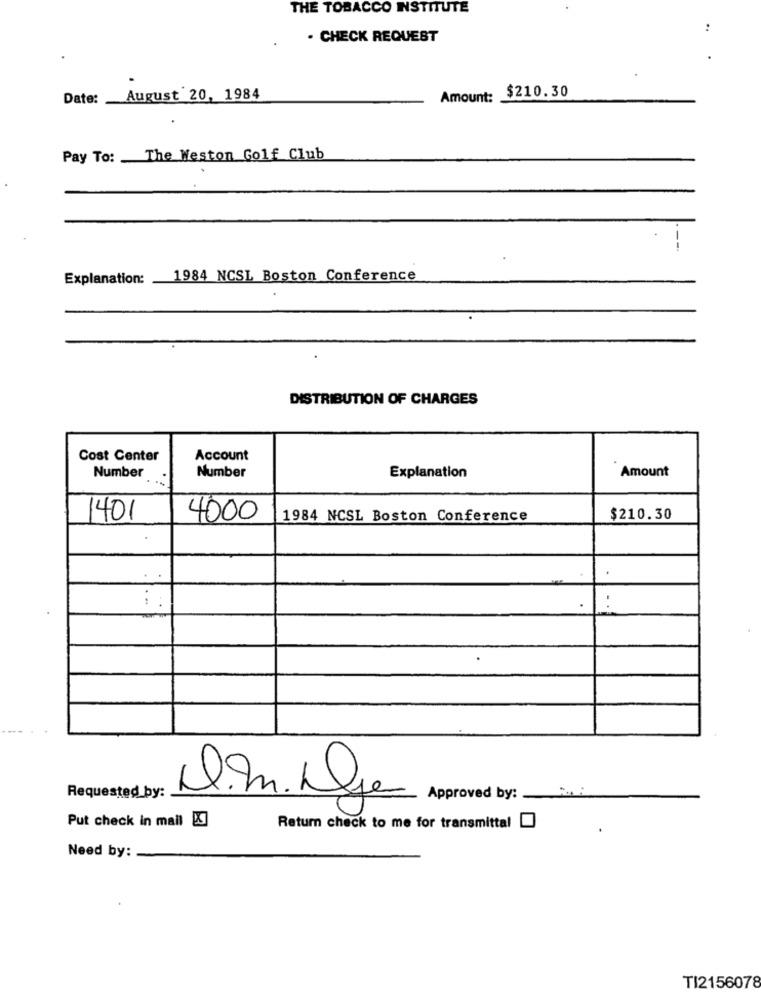
THE TOBACCO INSTITUTE
. CHECK REQUEST
Amount: $210.30
Date: August 20, 1984
Pay To: The Weston Golf Club
Explanation: 1984 NCSL Boston Conference
DISTRIBUTION OF CHARGES
Cost Center
Account
Number
Amount
Number
Explanation
1401
4000
1984 NCSL Boston Conference
$210.30
Requested by:
.m. De
Approved by:
Put check in mail [X]
Return check to me for transmittal
Need by:
TI2156078